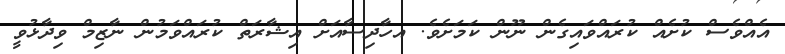
އެއްވެސް ކުށެއް ކުރައްވައިގެން ނޫން ކަމަށެވެ. އހާދިސާއަށް އިޝާރަތް ކުރައްވަމުން ނާޒިމް ވިދާޅުވީ